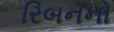
રિબનનો